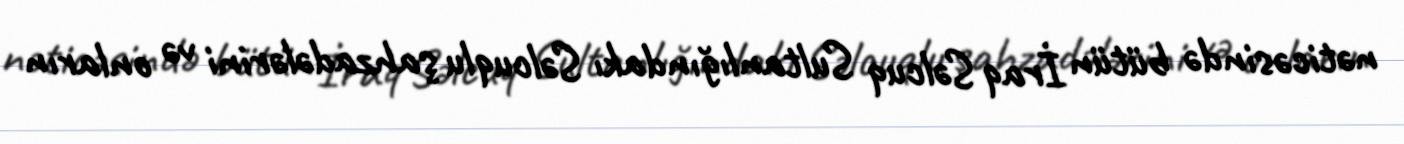
nəticəsində bütün İraq Səlcuq Sultanlığındakı Səlcuqlu şahzadələrini və onların